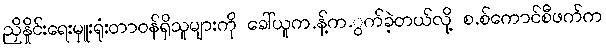
ညှိနှိုင်းရေးမှူးရုံးတာဝန်ရှိသူများကို ခေါ်ယူက.န့်က.ွက်ခဲ့တယ်လို့ စ.စ်ကောင်စီဖက်က